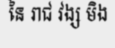
នៃ រាជ វង្ស មិង